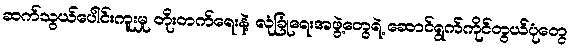
ဆက်သွယ်ပေါင်းကူးမှု တိုးတက်ရေးနဲ့ လုံခြုံရေးအဖွဲ့တွေရဲ့ ဆောင်ရွက်ကိုင်တွယ်ပုံတွေ